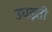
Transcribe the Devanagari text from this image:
उघड़ती